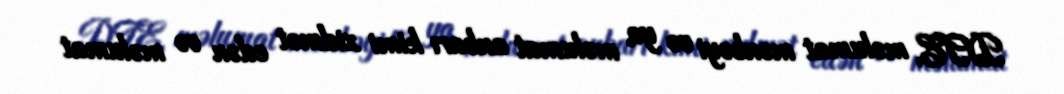
DTE, məlumat mənbəyi və ya məlumat anbarı kimi xidmət edən və məlumat